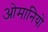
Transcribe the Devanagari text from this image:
ओमानियों